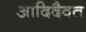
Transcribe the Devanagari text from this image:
आदिदैवत